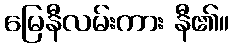
မြေနီလမ်းကား နီ၏။